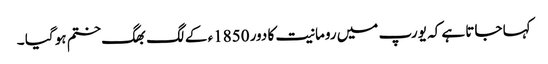
کہا جاتا ہے کہ یورپ میں رومانیت کا دور 1850ء کے لگ بھگ ختم ہو گیا ۔